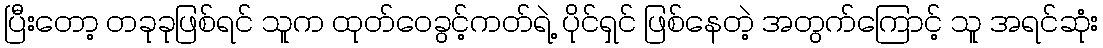
ပြီးတော့ တခုခုဖြစ်ရင် သူက ထုတ်ဝေခွင့်ကတ်ရဲ့ ပိုင်ရှင် ဖြစ်နေတဲ့ အတွက်ကြောင့် သူ အရင်ဆုံး